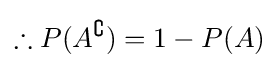
\therefore P(A^{\complement })=1-P(A)